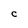
Character: C